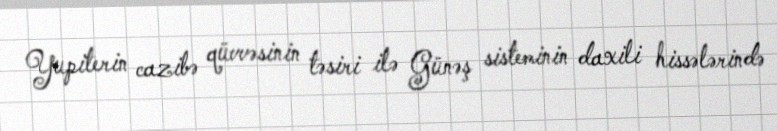
Yupiterin cazibə qüvvəsinin təsiri ilə Günəş sisteminin daxili hissələrində